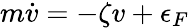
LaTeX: m\dot{v}=-\zeta v+\epsilon_{F}